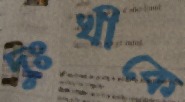
দুঃখীকে